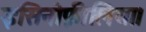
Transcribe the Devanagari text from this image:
इसिनोफ़ीलिया।